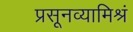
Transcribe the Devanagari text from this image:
प्रसूनव्यामिश्रं